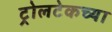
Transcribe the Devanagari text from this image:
ट्रोलटेकच्या